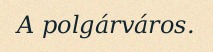
A polgárváros.